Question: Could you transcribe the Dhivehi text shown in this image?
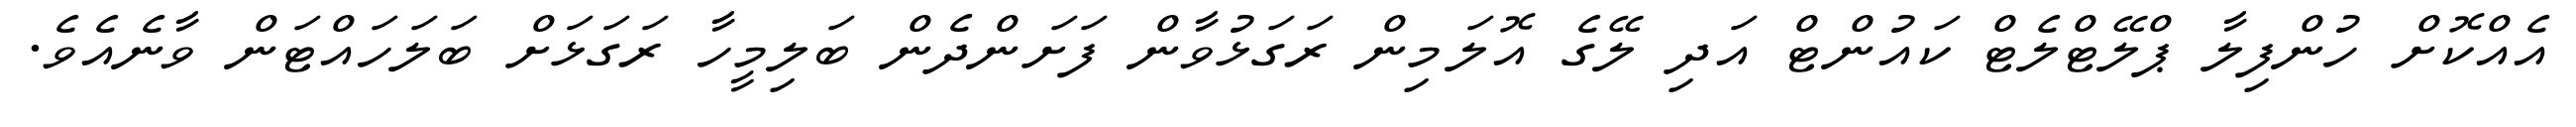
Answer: އެއްކޮށް ހުންފިލާ ޕްލޭޓްލެޓް ކައުންޓް އަދި ލޭގެ އޮލަމިން ރަގަޅުވާން ފަށަންދެން ބަލިމީހާ ރަގަޅަށް ބަލަހައްޓަން ވާނެއެވެ.